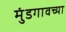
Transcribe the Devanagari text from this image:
मुंडगावच्या